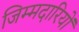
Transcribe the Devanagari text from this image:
जिम्मदारियों